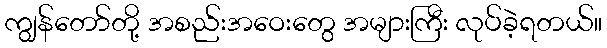
ကျွန်တော်တို့ အစည်းအဝေးတွေ အများကြီး လုပ်ခဲ့ရတယ်။